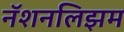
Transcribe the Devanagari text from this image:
नॅशनलिझम